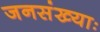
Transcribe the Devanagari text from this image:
जनसंख्याः